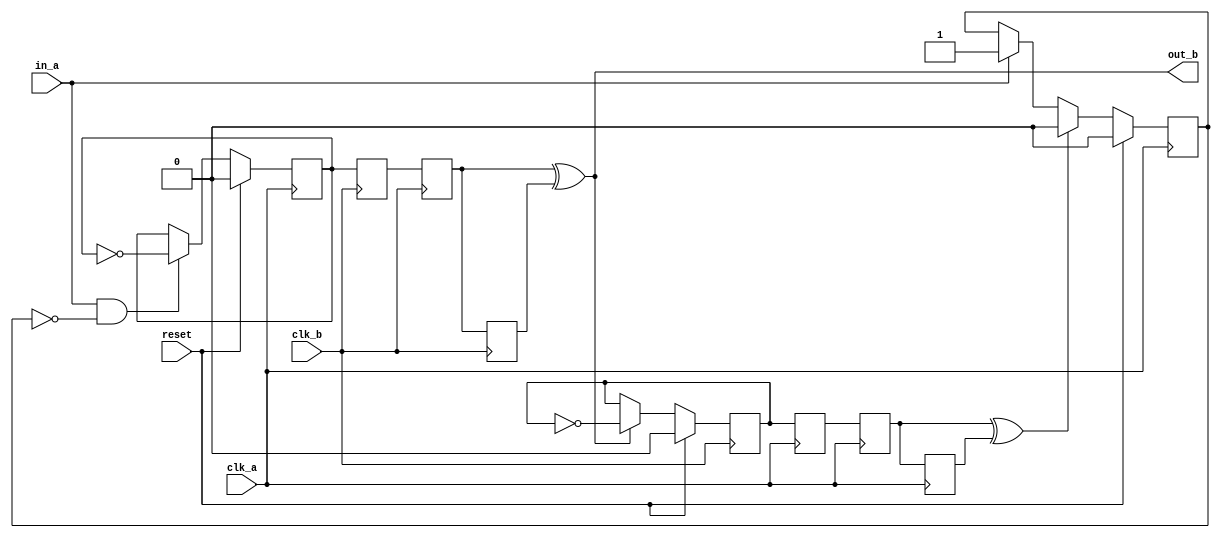
// This program was cloned from: https://github.com/buncram/cram-soc
// License: CERN Open Hardware Licence Version 2 - Weakly Reciprocal

// -----------------------------------------------------------------------------
// Auto-Generated by:        __   _ __      _  __
//                          / /  (_) /____ | |/_/
//                         / /__/ / __/ -_)>  <
//                        /____/_/\__/\__/_/|_|
//                     Build your hardware, easily!
//                   https://github.com/enjoy-digital/litex
//
// Device     : generic
// LiteX sha1 : 37d630db
//------------------------------------------------------------------------------

`timescale 1ns / 1ps

//------------------------------------------------------------------------------
// Module
//------------------------------------------------------------------------------

module cdc_blinded (
    input  wire          reset,
    input  wire          clk_a,
    input  wire          clk_b,
    input  wire          in_a,
    output wire          out_b
);


//------------------------------------------------------------------------------
// Signals
//------------------------------------------------------------------------------

wire          a_clk;
wire          a_rst;
wire          b_clk;
wire          b_rst;
wire          i;
wire          o;
wire          ps_i;
wire          ps_o;
reg           ps_toggle_i;
wire          ps_toggle_o;
reg           ps_toggle_o_r;
wire          ps_ack_i;
wire          ps_ack_o;
reg           ps_ack_toggle_i;
wire          ps_ack_toggle_o;
reg           ps_ack_toggle_o_r;
reg           blind;
reg           multiregimpl00;
reg           multiregimpl01;
reg           multiregimpl10;
reg           multiregimpl11;

//------------------------------------------------------------------------------
// Combinatorial Logic
//------------------------------------------------------------------------------

assign a_clk = clk_a;
assign a_rst = reset;
assign b_clk = clk_b;
assign b_rst = reset;
assign i = in_a;
assign out_b = o;
assign ps_i = (i & (~blind));
assign ps_ack_i = ps_o;
assign o = ps_o;
assign ps_o = (ps_toggle_o ^ ps_toggle_o_r);
assign ps_ack_o = (ps_ack_toggle_o ^ ps_ack_toggle_o_r);
assign ps_toggle_o = multiregimpl01;
assign ps_ack_toggle_o = multiregimpl11;


//------------------------------------------------------------------------------
// Synchronous Logic
//------------------------------------------------------------------------------

always @(posedge a_clk) begin
    if (i) begin
        blind <= 1'd1;
    end
    if (ps_ack_o) begin
        blind <= 1'd0;
    end
    if (a_rst) begin
        ps_toggle_i <= 0;
    end else if (ps_i) begin
        ps_toggle_i <= (~ps_toggle_i);
    end
    ps_ack_toggle_o_r <= ps_ack_toggle_o;
    if (a_rst) begin
        blind <= 1'd0;
    end
    multiregimpl10 <= ps_ack_toggle_i;
    multiregimpl11 <= multiregimpl10;
end

always @(posedge b_clk) begin
    ps_toggle_o_r <= ps_toggle_o;
    if (b_rst) begin
        ps_ack_toggle_i <= 0;
    end else if (ps_ack_i) begin
        ps_ack_toggle_i <= (~ps_ack_toggle_i);
    end
    multiregimpl00 <= ps_toggle_i;
    multiregimpl01 <= multiregimpl00;
end


//------------------------------------------------------------------------------
// Specialized Logic
//------------------------------------------------------------------------------

endmodule

// -----------------------------------------------------------------------------
//  Auto-Generated by LiteX on 2023-05-10 14:56:55.
//------------------------------------------------------------------------------